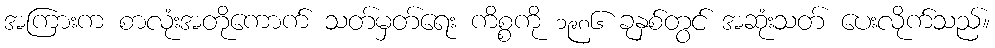
အကြားက စာလုံးအတိုကောက် သတ်မှတ်ရေး ကိစ္စကို ၁၉၈၆ ခုနှစ်တွင် အဆုံးသတ် ပေးလိုက်သည်။